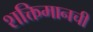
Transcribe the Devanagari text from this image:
शक्तिमानची